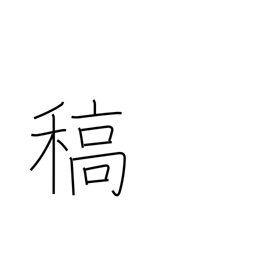
Meaning: straw